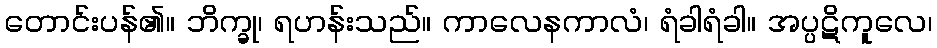
တောင်းပန်၏။ ဘိက္ခု၊ ရဟန်းသည်။ ကာလေနကာလံ၊ ရံခါရံခါ။ အပ္ပဋိကူလေ၊